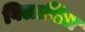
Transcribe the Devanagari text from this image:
विलासित